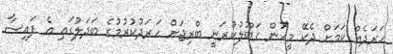
ހަރަދެއް ކަމަށް ދެކޭ މީހުން ގަބޫލުކުރަނީ ބްރިޖަށް ހަރަދުކުރުމުގެ ބަދަލުގައި އެ ފައިސާ